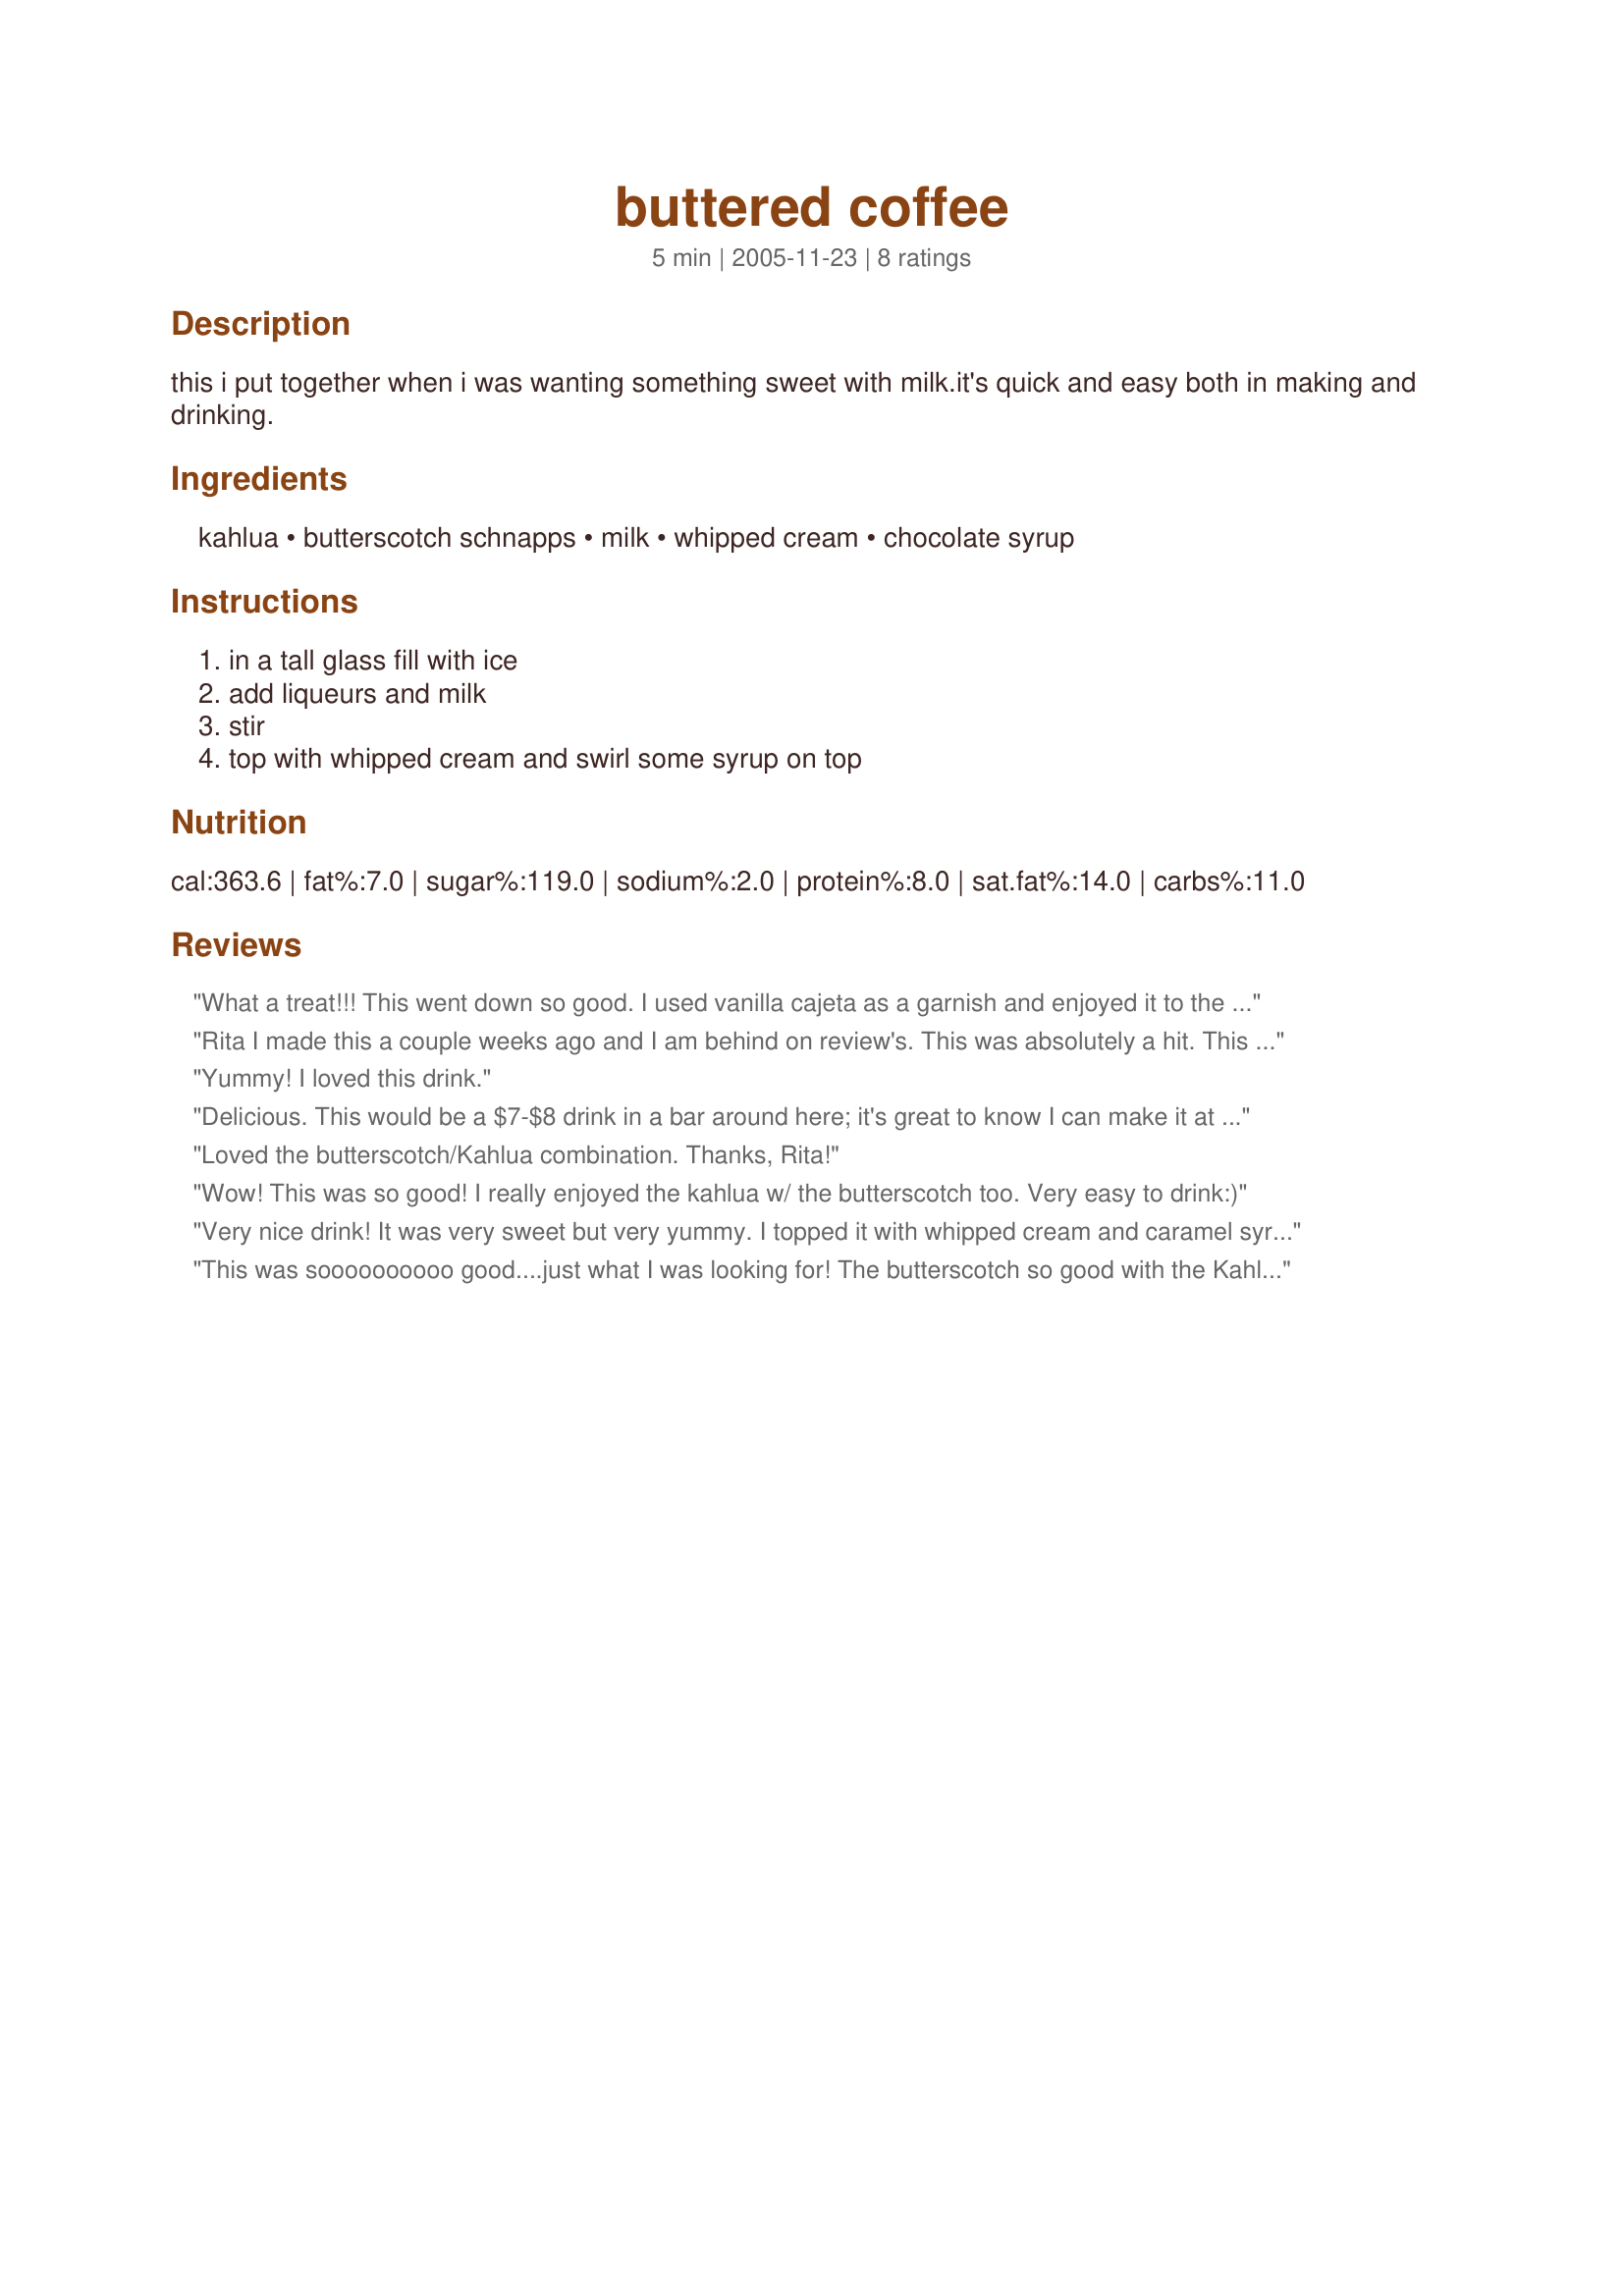
buttered coffee
Preparation time: 5 minutes

this i put together when i was wanting something sweet with milk.it's quick and easy both in making and drinking.

Ingredients:
kahlua, butterscotch schnapps, milk, whipped cream, chocolate syrup

Steps:
in a tall glass fill with ice, add liqueurs and milk, stir, top with whipped cream and swirl some syrup on top

Reviews:
What a treat!!! This went down so good. I used vanilla cajeta as a garnish and enjoyed it to the last drop. It made making dinner a lot more fun! Thank you Rita!
Rita I made this a couple weeks ago and I am behind on review's. This was absolutely a hit. This one is 5 stars plus. I followed it exactly as written and will share this when my friends come over.. Thank you rita for a wonderful drink recipe.
Yummy! I loved this drink.
Delicious. This would be a $7-$8 drink in a bar around here; it's great to know I can make it at home for less than $1 a glass. The only change I made was to throw everything in the blender. Somehow iced drinks just taste better blended.
Loved the butterscotch/Kahlua combination. Thanks, Rita!
Wow! This was so good! I really enjoyed the kahlua w/ the butterscotch too. Very easy to drink:)
Very nice drink! It was very sweet but very yummy. I topped it with whipped cream and caramel syrup. Next time I think I'll try it blended and with caramel syrup drizzled in the glass. Thanks for the keeper recipe! Made for 1-2-3 hit wonders.
This was soooooooooo good....just what I was looking for! The butterscotch so good with the Kahlua, Thank you Risa!
